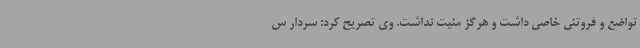
تواضع و فروتنی خاصی داشت و هرگز منیت نداشت. وی تصریح کرد: سردار س